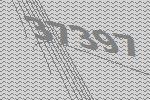
37397